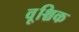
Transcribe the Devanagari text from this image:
वृ्श्चिक